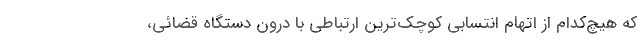
که هیچ‌کدام از اتهام انتسابی کوچک‌ترین ارتباطی با درون دستگاه قضائی،